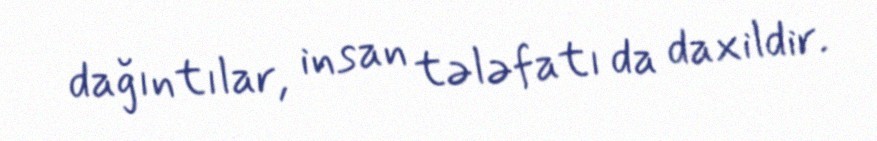
dağıntılar, insan tələfatı da daxildir.